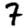
Digit: 7